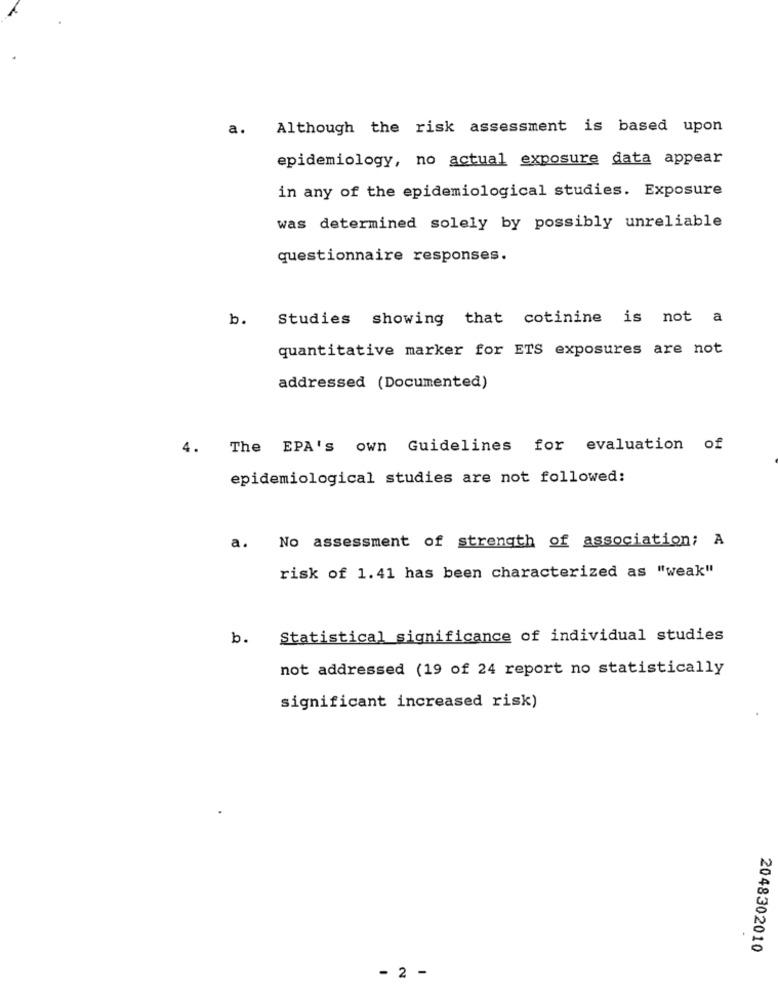
a. Although the risk assessment is based upon
epidemiology, no actual exposure data appear
in any of the epidemiological studies. Exposure
was determined solely by possibly unreliable
questionnaire responses.
b.
Studies showing that cotinine is not a
quantitative marker for ETS exposures are not
addressed (Documented)
4.
The EPA's own Guidelines for evaluation of
epidemiological studies are not followed:
a. No assessment of strength of association; A
risk of 1.41 has been characterized as "weak"
b.
Statistical significance of individual studies
not addressed (19 of 24 report no statistically
significant increased risk)
2048302010
- 2 -